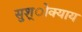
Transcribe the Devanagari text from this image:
सुश्ोक्याय